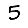
Digit: 5